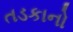
તડકાનો